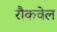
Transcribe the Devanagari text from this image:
रौकवेल